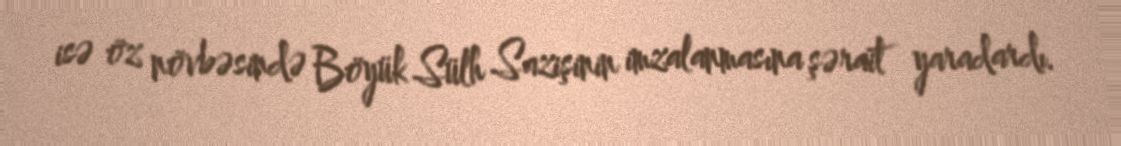
isə öz növbəsində Böyük Sülh Sazişinin imzalanmasına şərait yaradardı.